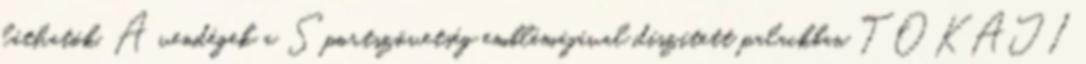
láthatók. A vendégek a Sportszövetség emblémájával díszített palackban TOKAJI